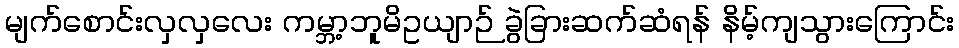
မျက်စောင်းလှလှလေး ကမ္ဘာ့ဘူမိဥယျာဉ် ခွဲခြားဆက်ဆံရန် နိမ့်ကျသွားကြောင်း